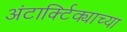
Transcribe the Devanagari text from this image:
अंटार्क्टिक्याच्या